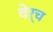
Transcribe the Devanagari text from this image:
वेर्च